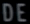
DE